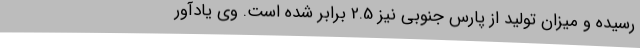
رسیده و میزان تولید از پارس جنوبی نیز 2.5 برابر شده است. وی یادآور